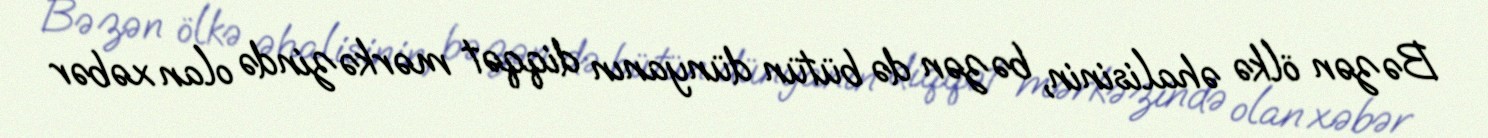
Bəzən ölkə əhalisinin, bəzən də bütün dünyanın diqqət mərkəzində olan xəbər